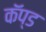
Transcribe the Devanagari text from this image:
कॅप्ड